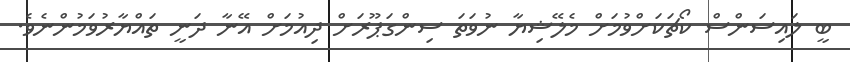
ބީ ލައިސަންސް ކޯޗަކަށްވުމަށް މެލޭޝިޔާ ނުވަތަ ސިންގަޕޫރަށް ދިއުމަށް އޭނާ ދަނީ ތައްޔާރުވަމުންނެވެ.